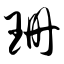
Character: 珊